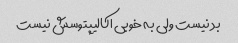
بد نیست ولی به خوبی اکالیپتوسش نیست